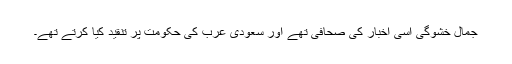
جمال خشوگی اسی اخبار کی صحافی تھے اور سعودی عرب کی حکومت پر تنقید کیا کرتے تھے۔